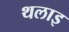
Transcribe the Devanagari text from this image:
थलाइ